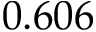
0 . 6 0 6